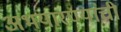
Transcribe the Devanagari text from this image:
अभयारण्यांची